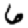
Digit: 6